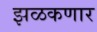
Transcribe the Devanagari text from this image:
झळकणार